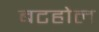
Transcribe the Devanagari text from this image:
बटहोल